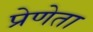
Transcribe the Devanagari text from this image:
प्रेणेता